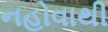
નહોવાથી